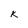
Character: K